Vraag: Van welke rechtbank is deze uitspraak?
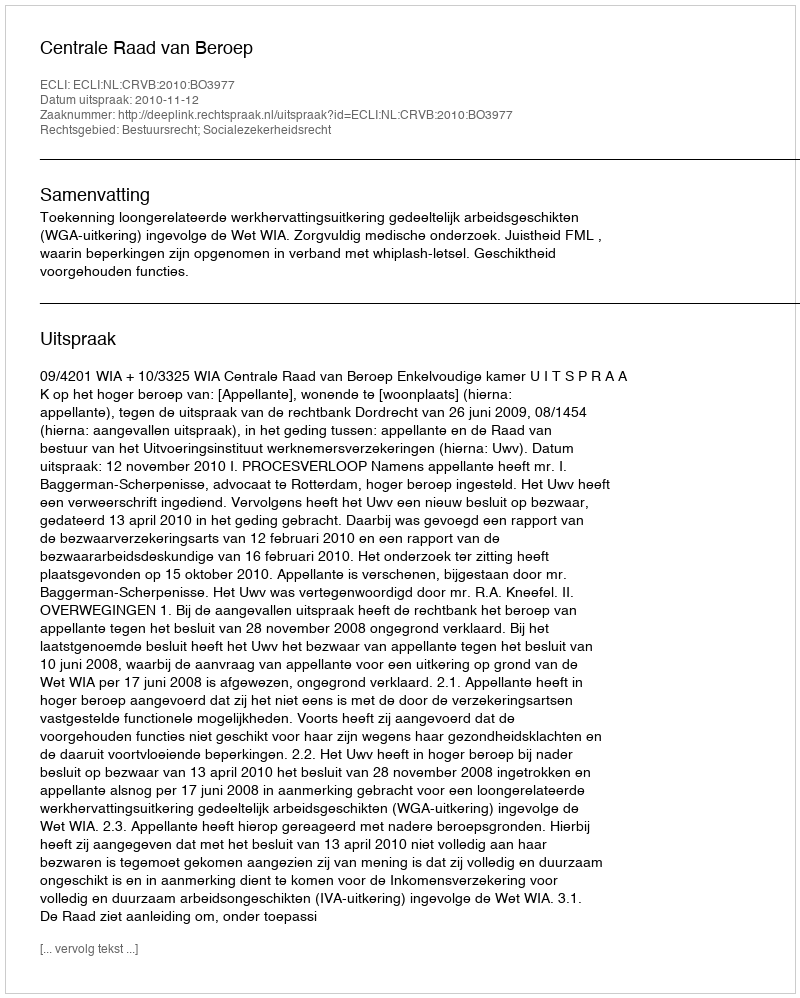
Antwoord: Centrale Raad van Beroep